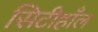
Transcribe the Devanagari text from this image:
सिटीहाँल